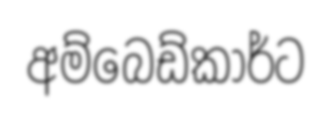
අම්බෙඩ්කාර්ට